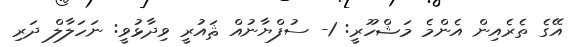
އޭގެ ތެރެއިން އެންމެ މަޝްހޫރީ: 1- ސުފްޔާނުއް ޘައުރީ ވިދާޅުވީ: ނަހަލާލް ދަރި